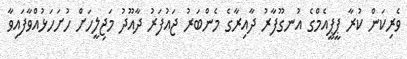
ވެރިކަން ކުރާ ޕީޕީއެމްގެ އުނގޫފާރު ދާއިރާގެ މެންބަރު ޖައުފަރު ދާއޫދު މަޖިލީހަށް ހުށަހަޅުއްވާފައިވާ